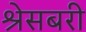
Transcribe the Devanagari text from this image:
श्रेसबरी